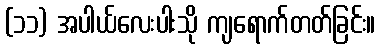
(၁၁) အပါယ်လေးပါးသို ကျရောက်တတ်ခြင်း။